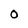
Character: O